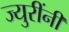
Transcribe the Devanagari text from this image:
ज्युरींनी